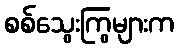
စစ်သွေးကြွများက